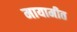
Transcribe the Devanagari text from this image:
मायामीत